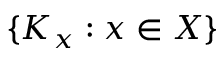
\{ K _ { x } : x \in X \}